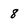
Character: 8